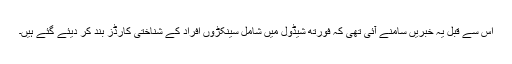
اس سے قبل یہ خبریں سامنے آئی تھی کہ فورتھ شیڈول میں شامل سینکڑوں افراد کے شناختی کارڈز بند کر دیئے گئے ہیں۔